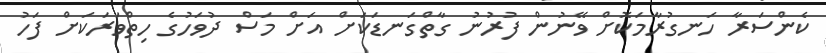
ކެންސަރާ ހަނގުރާމަކޮށް ވޭނުން ފުރުނު ގާތްގަނޑަކަށް އަށް މަސް ދުވަހުގެ ހިތްވަރަކަށް ފަހު